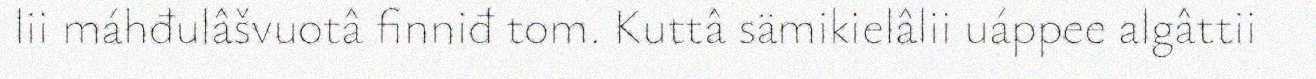
lii máhđulâšvuotâ finniđ tom. Kuttâ sämikielâlii uáppee algâttii